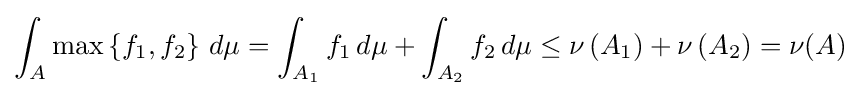
\int _{A}\max \left\{f_{1},f_{2}\right\}\,d\mu =\int _{A_{1}}f_{1}\,d\mu +\int _{A_{2}}f_{2}\,d\mu \leq \nu \left(A_{1}\right)+\nu \left(A_{2}\right)=\nu (A)